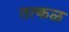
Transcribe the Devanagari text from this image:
तत्कळ